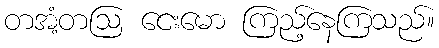
တအံ့တဩ ငေးမော ကြည့်နေကြသည်။